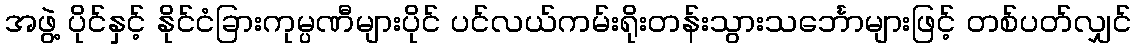
အဖွဲ့ ပိုင်နှင့် နိုင်ငံခြားကုမ္ပဏီများပိုင် ပင်လယ်ကမ်းရိုးတန်းသွားသင်္ဘောများဖြင့် တစ်ပတ်လျှင်